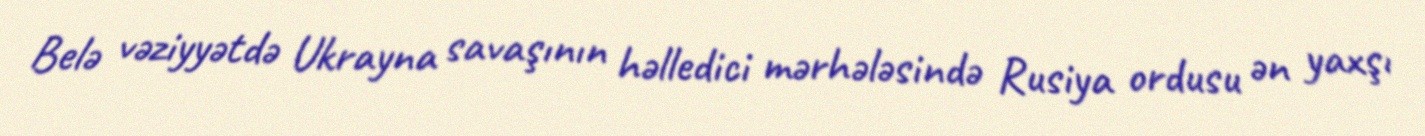
Belə vəziyyətdə Ukrayna savaşının həlledici mərhələsində Rusiya ordusu ən yaxşı